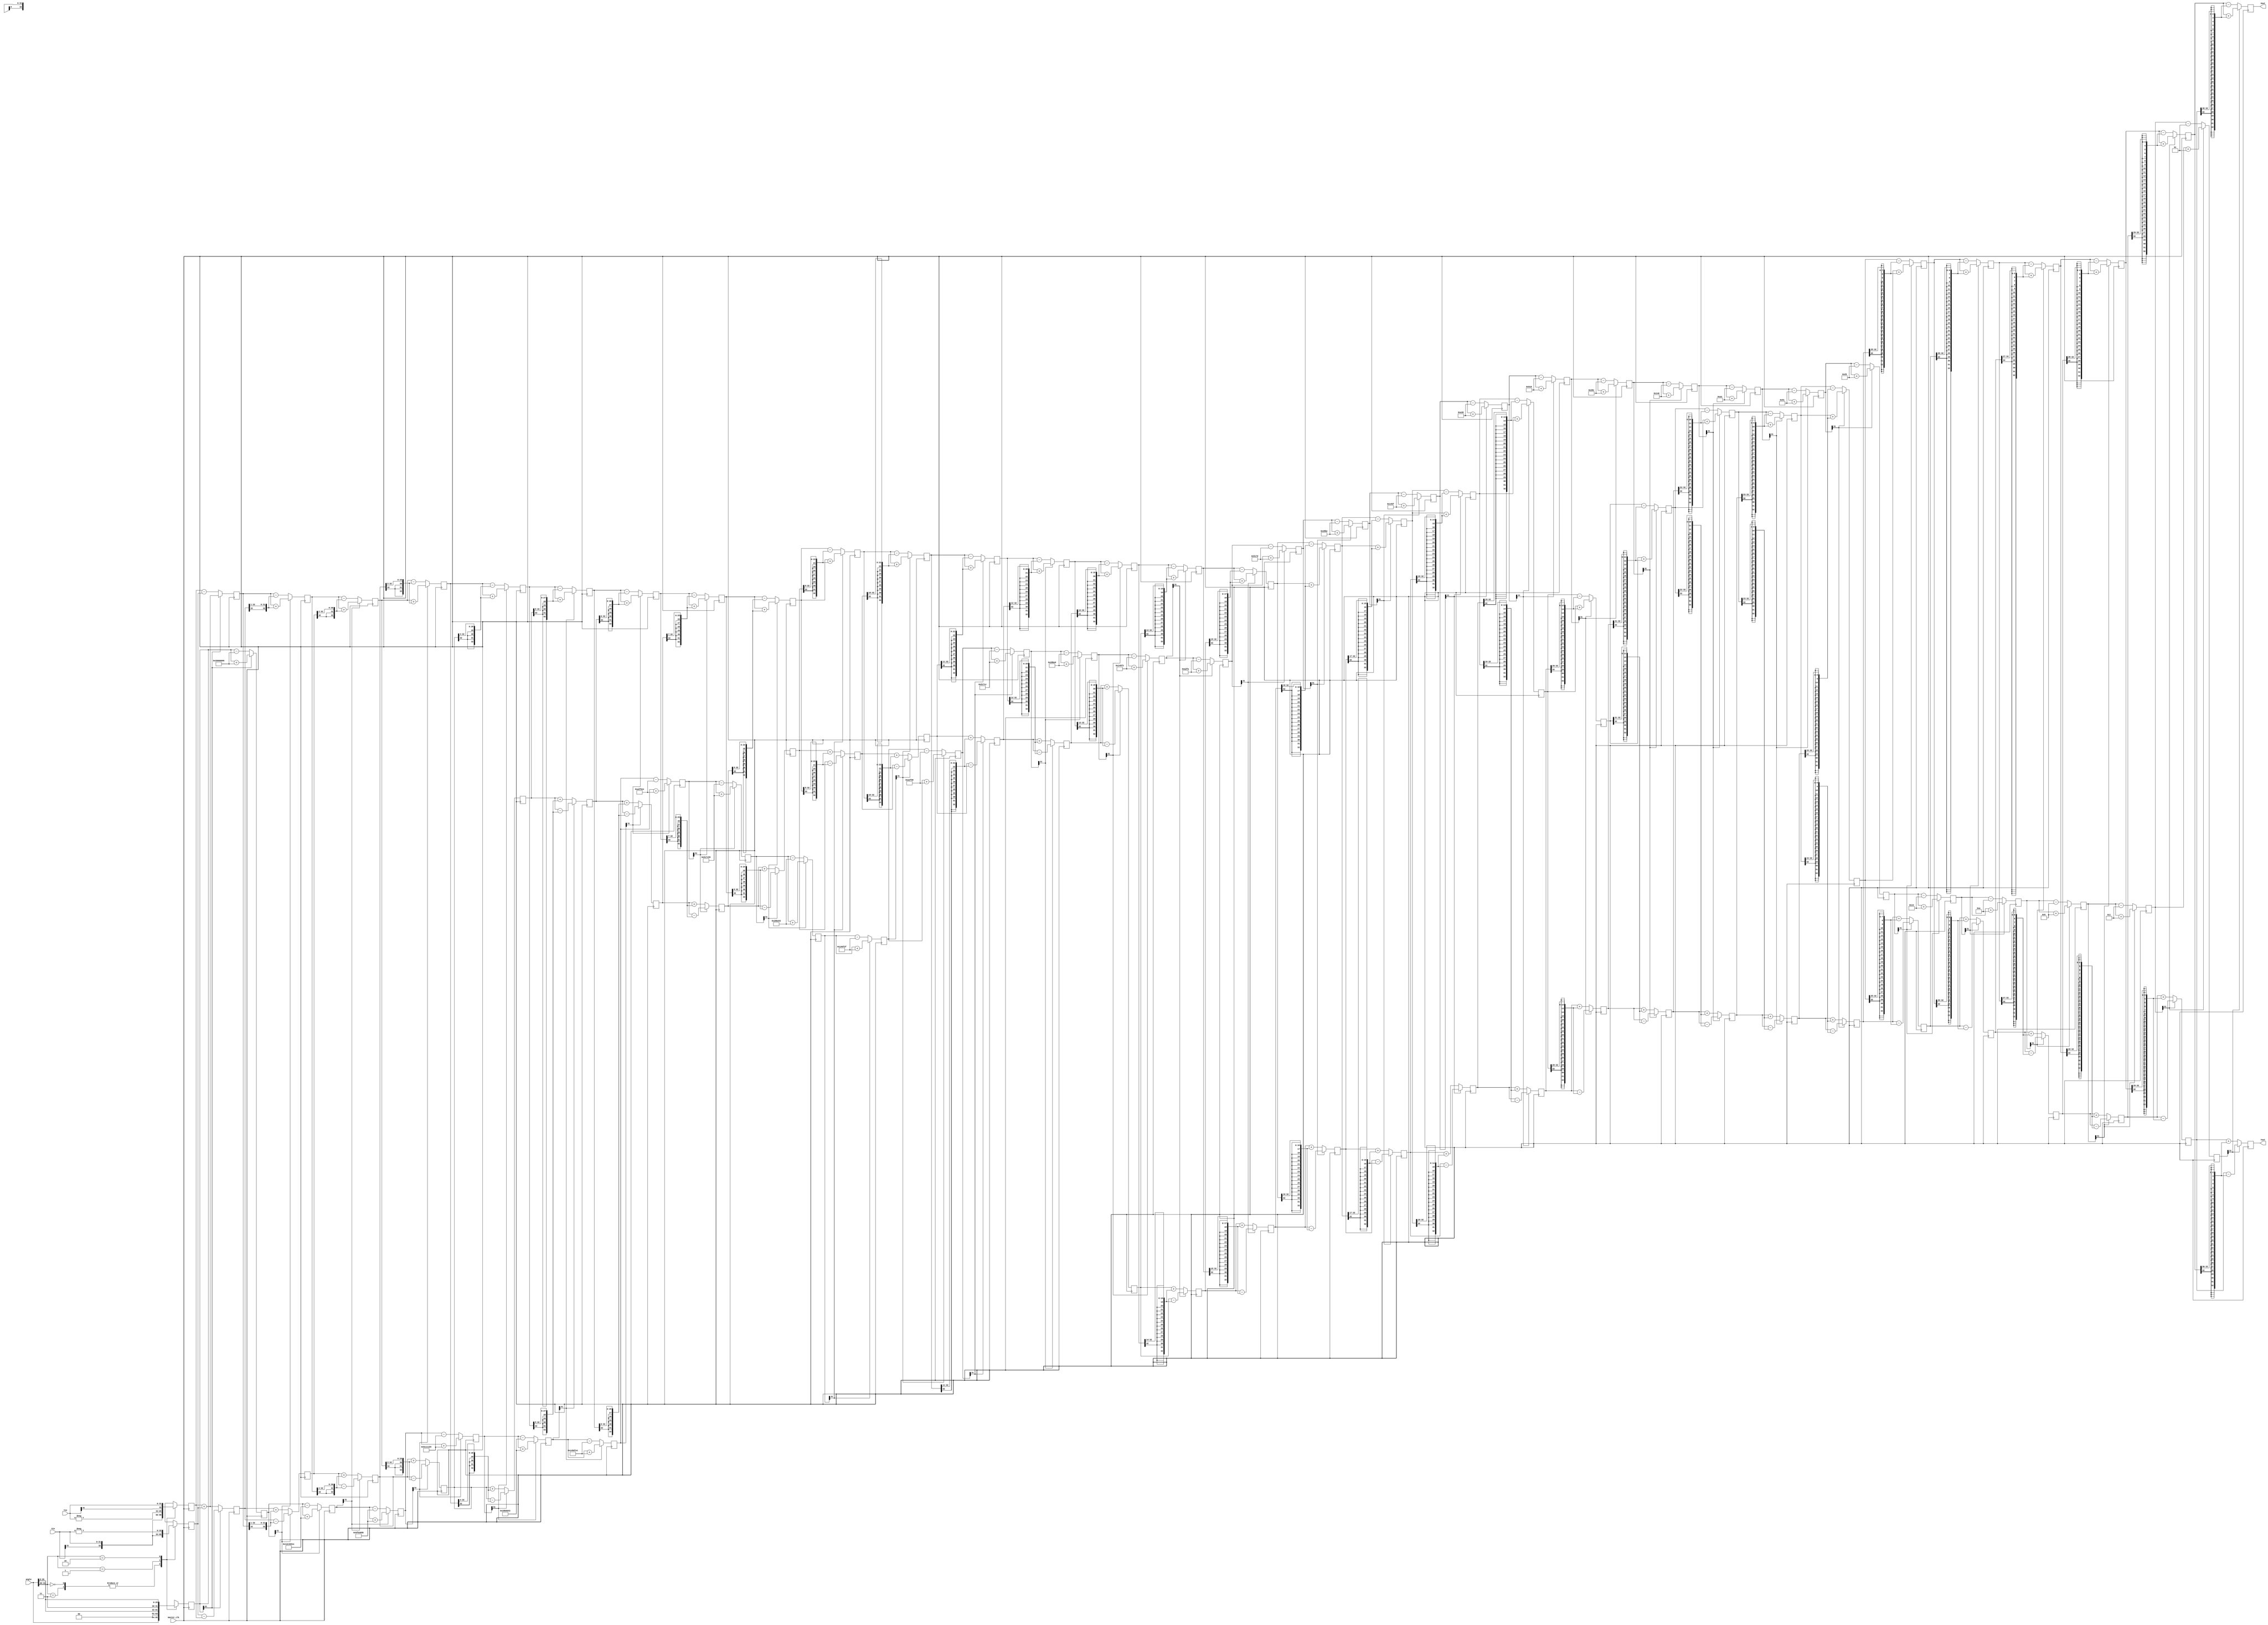
`timescale 1ns / 100ps
//////////////////////////////////////////////////////////////////////////////////
// Company: 
// Engineer: 
// 
// Design Name: 
// Module Name: Cordic
// Project Name: 
// Target Devices: 
// Tool Versions: 
// Description: 
// 
// Dependencies: 
// 
// Revision:
// Revision 0.01 - File Created
// Additional Comments:
// 
//////////////////////////////////////////////////////////////////////////////////


module Cordic(master_clk,angle,Xin,Yin,Xout,Yout);
parameter BW=32;
localparam iter=BW;
input master_clk;
input signed [31:0] angle;
input signed [BW-1:0] Xin;
input signed [BW-1:0] Yin;
output signed [BW:0] Xout;
output signed [BW:0] Yout;
wire signed [31:0] taninv[0:30];
//reg taninv [31:0] [0:30];
assign taninv[0] = 32'b00100000000000000000000000000000;
assign taninv[1] = 32'b00010010111001000000010100011110;
assign taninv[2] = 32'b00001001111110110011100001011011;
assign taninv[3] = 32'b00000101000100010001000111010100;
assign taninv[4] = 32'b00000010100010110000110101000011;
assign taninv[5] = 32'b00000001010001011101011111100001;
assign taninv[6] = 32'b00000000101000101111011000011110;
assign taninv[7] = 32'b00000000010100010111110001010101;
assign taninv[8] = 32'b00000000001010001011111001010011;
assign taninv[9] = 32'b00000000000101000101111100101111;
assign taninv[10] = 32'b00000000000010100010111110011000;
assign taninv[11] = 32'b00000000000001010001011111001100;
assign taninv[12] = 32'b00000000000000101000101111100110;
assign taninv[13] = 32'b00000000000000010100010111110011;
assign taninv[14] = 32'b00000000000000001010001011111010;
assign taninv[15] = 32'b00000000000000000101000101111101;
assign taninv[16] = 32'b00000000000000000010100010111110;
assign taninv[17] = 32'b00000000000000000001010001011111;
assign taninv[18] = 32'b00000000000000000000101000110000;
assign taninv[19] = 32'b00000000000000000000010100011000;
assign taninv[20] = 32'b00000000000000000000001010001100;
assign taninv[21] = 32'b00000000000000000000000101000110;
assign taninv[22] = 32'b00000000000000000000000010100011;
assign taninv[23] = 32'b00000000000000000000000001010001;
assign taninv[24] = 32'b00000000000000000000000000101001;
assign taninv[25] = 32'b00000000000000000000000000010100;
assign taninv[26] = 32'b00000000000000000000000000001010;
assign taninv[27] = 32'b00000000000000000000000000000101;
assign taninv[28] = 32'b00000000000000000000000000000011;
assign taninv[29] = 32'b00000000000000000000000000000001;
assign taninv[30] = 32'b00000000000000000000000000000001;
reg signed [BW:0] X [0:iter-1];
reg signed [BW:0] Y [0:iter-1];
reg signed [31:0] Z [0:iter-1];
wire [1:0] quadrant;
assign quadrant=angle[31:30];
always @(posedge master_clk)
    begin
        case(quadrant)
            2'b00,2'b11:
                begin
                    X[0]<=Xin;
                    Y[0]<=Yin;
                    Z[0]<=angle;
                end
            2'b01:
                begin
                    X[0] <= -Yin;
                    Y[0] <= Xin;
                    Z[0] <= {2'b00,angle[29:0]};
                end
            2'b10:
                begin
                    X[0] <= Yin;
                    Y[0] <= -Xin;
                    Z[0] <= {2'b11,angle[29:0]};
                end
         endcase
    end
genvar i;
generate
    for(i=0;i<(iter-1);i=i+1)
        begin: XYZ
            wire Z_sign;
            wire [BW:0] X_shr,Y_shr;
            assign X_shr=X[i]>>>(i);
            assign Y_shr=Y[i]>>>(i);
            assign Z_sign=Z[i][31];
            always @(posedge master_clk)
                begin
                    X[i+1] <= Z_sign ? X[i] + Y_shr         : X[i] - Y_shr;
                    Y[i+1] <= Z_sign ? Y[i] - X_shr         : Y[i] + X_shr;
                    Z[i+1] <= Z_sign ? Z[i] + taninv[i] : Z[i] - taninv[i];
                end
        end
endgenerate
assign Xout=X[iter-1];
assign Yout=Y[iter-1];
endmodule